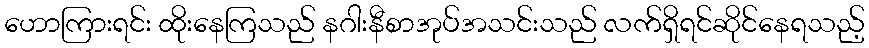
ဟောကြားရင်း ထိုးနေကြသည် နဂါးနီစာအုပ်အသင်းသည် လက်ရှိရင်ဆိုင်နေရသည့်